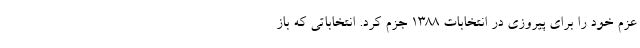
عزم خود را برای پیروزی در انتخابات ۱۳۸۸ جزم کرد. انتخاباتی که باز